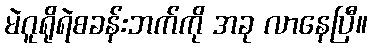
မဲဂူရိုရဲစခန်းဘက်ကို အခု လာနေပြီ။